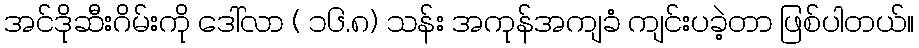
အင်ဒိုဆီးဂိမ်းကို ဒေါ်လာ ( ၁၆.၈) သန်း အကုန်အကျခံ ကျင်းပခဲ့တာ ဖြစ်ပါတယ်။